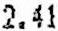
2.41